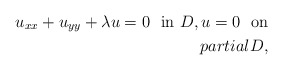
\begin{align*}u_{xx} + u_{yy} + \lambda u = 0 \ \ \mbox{in} \ D , u = 0 \ \ \mbox{on} \\partial D , \end{align*}